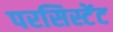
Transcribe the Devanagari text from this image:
परसिस्टेंट